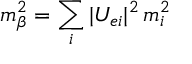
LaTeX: m _ { \beta } ^ { 2 } = \sum _ { i } | U _ { e i } | ^ { 2 } \, m _ { i } ^ { 2 }